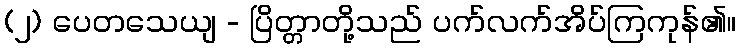
(၂) ပေတသေယျ - ပြိတ္တာတို့သည် ပက်လက်အိပ်ကြကုန်၏။